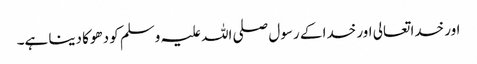
اور خدا تعالی اور خدا کے رسول صلی اللہ علیہ وسلم کو دھوکا دینا ہے۔